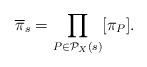
LaTeX: \begin{align*} \overline{\pi}_s = \prod_{P\in\mathcal{P}_X(s)} [\pi_P].\end{align*}